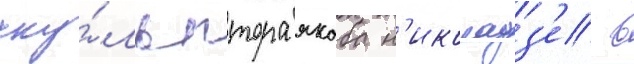
ску́льптора якоба н'иколадз'е в